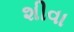
શીવા